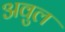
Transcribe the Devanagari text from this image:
अवुल